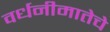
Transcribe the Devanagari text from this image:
वर्धनीमातेचे